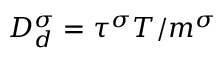
D _ { d } ^ { \sigma } = \tau ^ { \sigma } T / m ^ { \sigma }